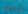
علمها